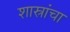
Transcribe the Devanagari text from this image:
शास्रांचा